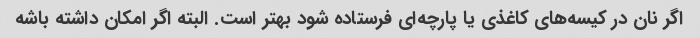
اگر نان در کیسه‌های کاغذی یا پارچه‌ای فرستاده شود بهتر است. البته اگر امکان داشته باشه